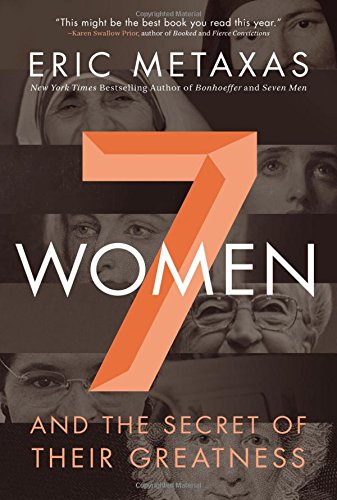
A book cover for Seven Women: And the Secret of Their Greatness; Eric Metaxas; Biographies & Memoirs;